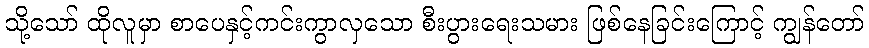
သို့သော် ထိုလူမှာ စာပေနှင့်ကင်းကွာလှသော စီးပွားရေးသမား ဖြစ်နေခြင်းကြောင့် ကျွန်တော်